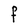
Character: F